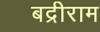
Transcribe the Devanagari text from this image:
बद्रीराम